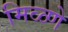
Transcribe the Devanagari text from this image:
मिळ्णे